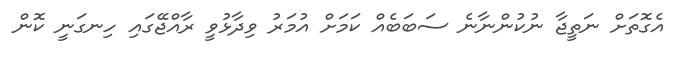
އެގޮތަށް ނަތީޖާ ނުކުންނާނެ ސަބަބެއް ކަމަށް އުމަރު ވިދާޅުވީ ރާއްޖޭގައި ހިނގަނީ ކޮން